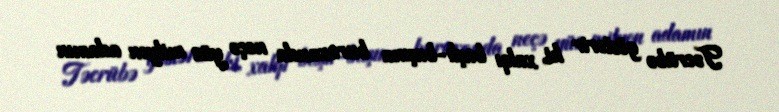
Təcrübə göstərir ki, xalqı başlı-başına buraxanda neçə yüz milyon adamın